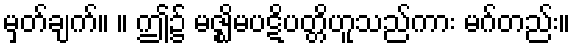
မှတ်ချက်။ ။ ဤ၌ မဇ္ဈိမပဋိပတ္တိဟူသည်ကား မဂ်တည်း။